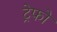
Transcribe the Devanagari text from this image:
ट्रेफो